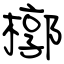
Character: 槨